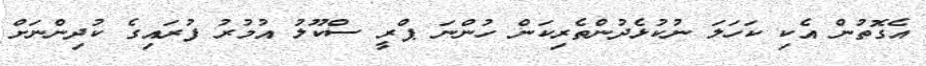
އެގޮތުން އެކި ކަހަލަ ނުކުޅެދުންތެރިކަން ހުންނަ ޕްރީ ސްކޫލު އުމުރު ފުރައިގެ ކުދިންނަށް